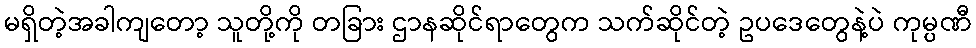
မရှိတဲ့အခါကျတော့ သူတို့ကို တခြား ဌာနဆိုင်ရာတွေက သက်ဆိုင်တဲ့ ဥပဒေတွေနဲ့ပဲ ကုမ္ပဏီ